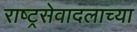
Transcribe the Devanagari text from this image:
राष्ट्रसेवादलाच्या